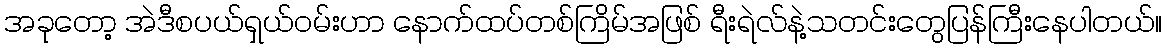
အခုတော့ အဲဒီစပယ်ရှယ်ဝမ်းဟာ နောက်ထပ်တစ်ကြိမ်အဖြစ် ရီးရဲလ်နဲ့သတင်းတွေပြန်ကြီးနေပါတယ်။